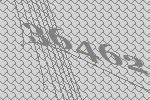
36462